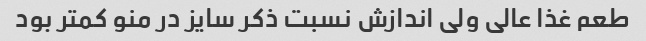
طعم غذا عالی ولی اندازش نسبت ذکر سایز در منو‌ کمتر بود